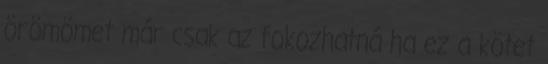
örömömet már csak az fokozhatná ha ez a kötet